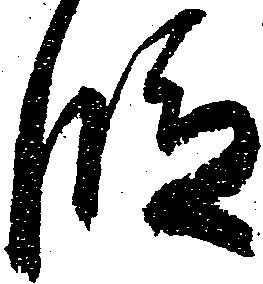
段